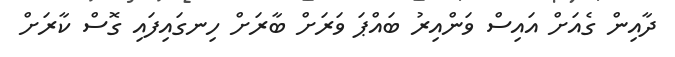
ދާއިން ގެއަށް އައިސް ވަންއިރު ބައްޕަ ވަރަށް ބާރަށް ހިނގައިފައި ގޮސް ކާރަށް